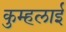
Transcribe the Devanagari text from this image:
कुम्हलाई